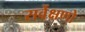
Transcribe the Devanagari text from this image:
सर्वेक्षणो